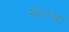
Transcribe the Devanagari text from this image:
सातला